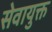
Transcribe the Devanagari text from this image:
सेवायुक्त